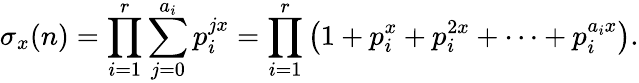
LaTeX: \sigma_{x}(n)=\prod_{i=1}^{r}\sum_{j=0}^{a_{i}}p_{i}^{jx}=\prod_{i=1}^{r}\left(1+p_{i}^{x}+p_{i}^{2x}+\cdots+p_{i}^{a_{i}x}\right).